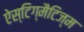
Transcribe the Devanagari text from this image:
ऐस्टिग्मैटिज्म